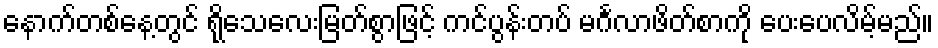
နောက်တစ်နေ့တွင် ရိုသေလေးမြတ်စွာဖြင့် ကင်ပွန်းတပ် မင်္ဂလာဖိတ်စာကို ပေးပေလိမ့်မည်။